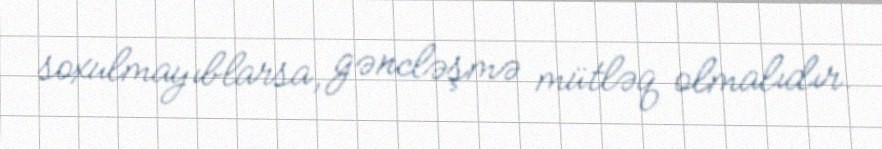
soxulmayıblarsa, gəncləşmə mütləq olmalıdır.